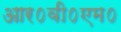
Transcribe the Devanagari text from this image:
आर०वी०एम०